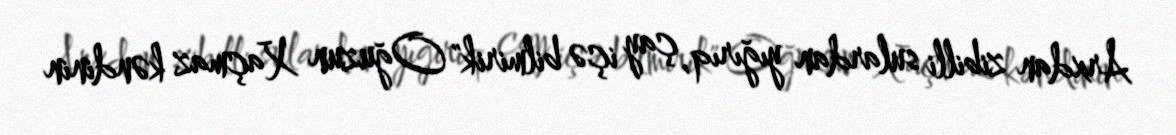
Arxdan zibilli sulardan yığırıq, çay içə bilmirik" Oğuzun Xaçmaz kəndinin